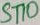
Text: ST10